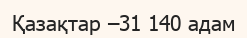
Қазақтар –31 140 адам